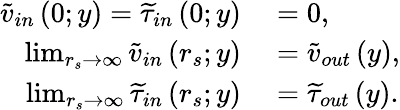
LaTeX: \begin{array}{rl}{\widetilde{v}_{in}\left(0;y\right)=\widetilde{\tau}_{in}\left(0;y\right)}&{{}=0,}\\ {\operatorname*{lim}_{r_{s}\to\infty}\widetilde{v}_{in}\left(r_{s};y\right)}&{{}=\widetilde{v}_{out}\left(y\right),}\\ {\operatorname*{lim}_{r_{s}\to\infty}\widetilde{\tau}_{in}\left(r_{s};y\right)}&{{}=\widetilde{\tau}_{out}\left(y\right).}\end{array}